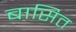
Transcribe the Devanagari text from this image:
बासित